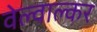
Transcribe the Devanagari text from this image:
वेल्वाल्कर